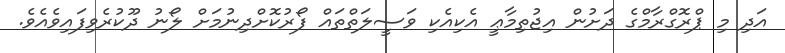
އަދި މި ޕްރޮގްރާމްގެ ދަށުން އިޖުތިމާޢީ އެކިއެކި ވަސީލަތްތައް ފޯރުކޮށްދިނުމަށް ލޯނު ދޫކުރެވިފައިވެއެވެ.